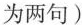
为两句)